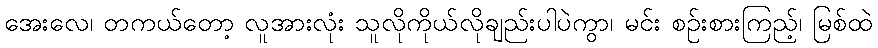
အေးလေ၊ တကယ်တော့ လူအားလုံး သူလိုကိုယ်လိုချည်းပါပဲကွာ၊ မင်း စဉ်းစားကြည့်၊ မြစ်ထဲ